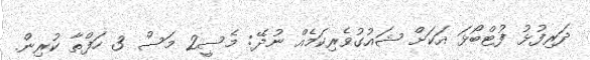
ދަރިފުޅު ފުޓްބޯޅަ އަކަށް ޝައުގުވެރިކަމެއް ނުދޭ: މެސީ2 މަސް 3 ހަފްތާ ކުރިން.